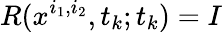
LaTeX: R(x^{i_{1},i_{2}},t_{k};t_{k})=I